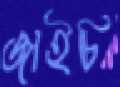
জাইচি